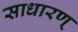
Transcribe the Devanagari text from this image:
साधारण्